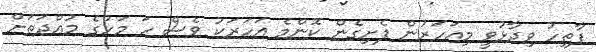
ފާތިހު ވިދާޅުވީ މިއަހަރުން ފެށިގެން ކޮންމެ އަހަރަކު ވެސް ހަ މަހުގެ މުއްދަތަށް